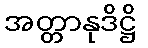
အတ္တာနုဒိဋ္ဌိ